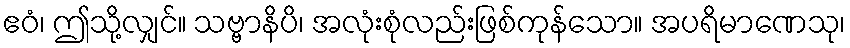
ဧဝံ၊ ဤသို့လျှင်။ သဗ္ဗာနိပိ၊ အလုံးစုံလည်းဖြစ်ကုန်သော။ အပရိမာဏေသု၊